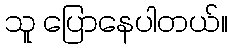
သူ ပြောနေပါတယ်။